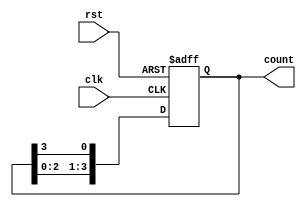
module ring_counter (
    input wire clk,                // Clock signal
    input wire rst,                // Asynchronous reset signal
    output reg [NUM_FLIP_FLOPS-1:0] count // Output of the ring counter
);
    
    parameter NUM_FLIP_FLOPS = 4; // Number of flip-flops in the ring counter

    always @(posedge clk or posedge rst) begin
        if (rst) begin
            // Asynchronous reset: Set the first flip-flop to 1 and others to 0
            count <= 1'b1; // Initialize the first flip-flop to 1
        end else begin
            // Shift the count to the right (ring behavior)
            count <= {count[NUM_FLIP_FLOPS-2:0], count[NUM_FLIP_FLOPS-1]};
        end
    end
endmodule